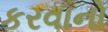
કરવાનો